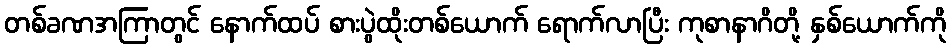
တစ်ခဏအကြာတွင် နောက်ထပ် စားပွဲထိုးတစ်ယောက် ရောက်လာပြီး ကုစာနာဂိတို့ နှစ်ယောက်ကို